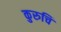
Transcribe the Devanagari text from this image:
कुरुचि